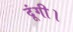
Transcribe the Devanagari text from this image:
दूंगी।